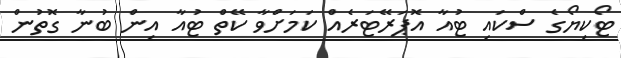
ޓޯކިޔޯގެ ސްކައި ޓުއާ އޮޕަރޭޓަރެއް ކަމަށްވާ ކޭތް ޓުއާ އިން ބުނާ ގޮތުން